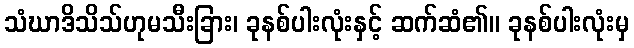
သံဃာဒိသိသ်ဟုမသီးခြား၊ ခုနစ်ပါးလုံးနှင့် ဆက်ဆံ၏။ ခုနစ်ပါးလုံးမှ